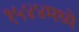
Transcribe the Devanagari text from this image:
१५४४मध्ये